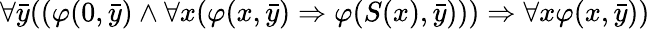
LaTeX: \forall{\bar{y}}((\varphi(0,{\bar{y}})\land\forall x(\varphi(x,{\bar{y}})\Rightarrow\varphi(S(x),{\bar{y}})))\Rightarrow\forall x\varphi(x,{\bar{y}}))